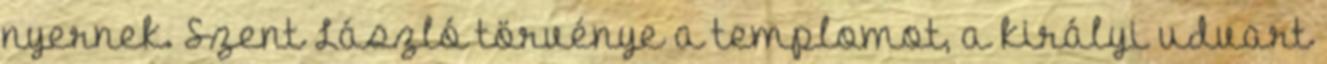
nyernek. Szent László törvénye a templomot, a királyi udvart